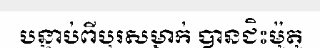
បន្ទាប់ពីបុរសម្នាក់ បានជិះម៉ូតូ